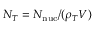
N _ { T } = N _ { \mathrm { n u c } } / ( \rho _ { T } V )